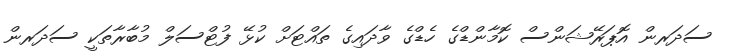
ސަދަރން އޮޕަރޭޝަންސް ކޮމާންޑްގެ ހެޑްގެ ވާދައިގެ ތައްޓަށް ކުޅޭ ފުޓްސަލް މުބާރާތަކީ ސަދަރން